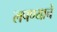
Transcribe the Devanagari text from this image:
लपण्याचे